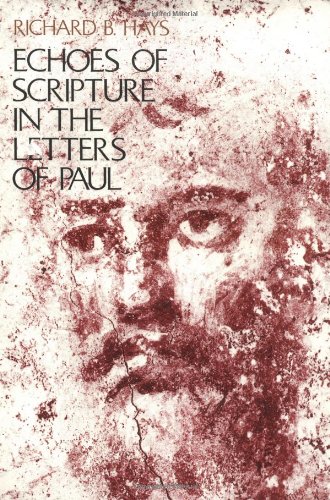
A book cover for Echoes of Scripture in the Letters of Paul; Richard B. Hays; Christian Books & Bibles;